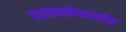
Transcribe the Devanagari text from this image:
डाइएनसेफालॉन